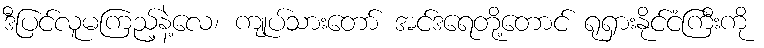
ဒီပြင်လူမကြည့်နဲ့လေ၊ ကျုပ်သားတော် အင်ဒရေတို့တောင် ရုရှားနိုင်ငံကြီးကို